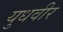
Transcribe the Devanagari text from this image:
युधवीर